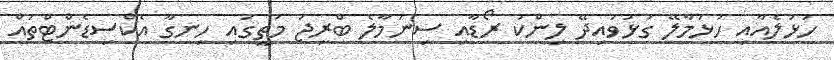
ހުޅުލެއާއި ހުޅުމާލޭ ގުޅުވައިދޭ ލިންކު ރޯޑާއި ސިނަމާލެ ބްރިޖު މަތީގައި ހިނގާ އެކްސިޑެންޓްތައް